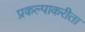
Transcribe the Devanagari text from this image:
प्रकल्पाकरीता